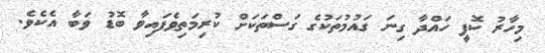
މިހާރު ކޮފީ ހައްދާ ގިނަ ގައުމުތަކުގެ ގަސްތަކަށް ކުރިމަތިވެފައިވާ ބޮޑު ވަބާ އެކެވެ.